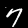
Digit: 7